Lunatic asylums in Bengal annual reports 1912-1924 - 1912-1924
Year: 1912
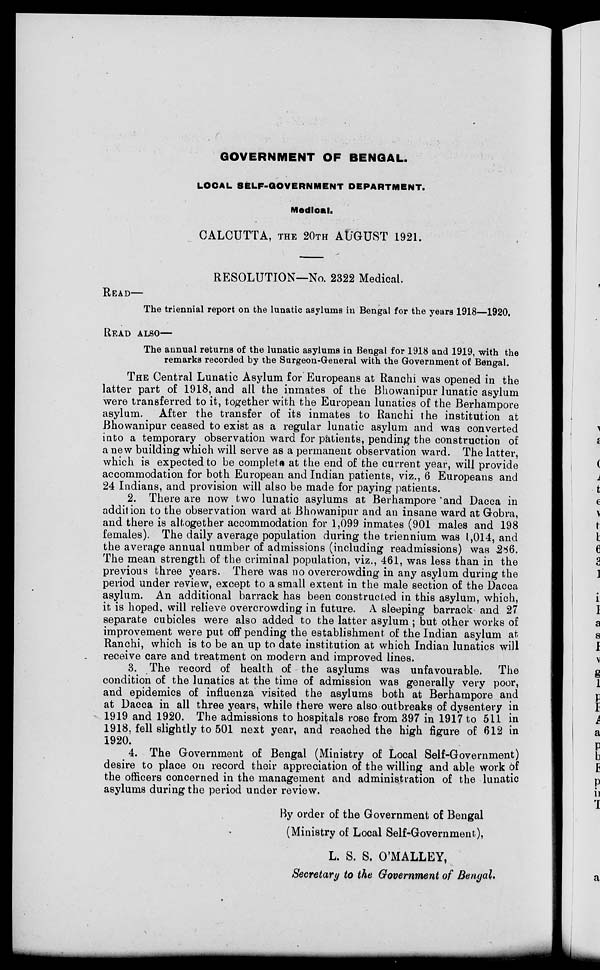
GOVERNMENT OF BENGAL.
LOCAL SELF-GOVERNMENT DEPARTMENT.
Medical.
CALCUTTA, THE 20TH AUGUST 1921.
RESOLUTION—No. 2322 Medical.
READ—
The triennial report on the lunatic asylums in Bengal for the years 1918—1920.
READ ALSO—
The annual returns of the lunatic asylums in Bengal for 1918 and 1919, with the
remarks recorded by the Surgeon-General with the Government of Bengal.
THE Central Lunatic Asylum for Europeans at Ranchi was opened in the
latter part of 1918, and all the inmates of the Bhowanipur lunatic asylum
were transferred to it, together with the European lunatics of the Berhampore
asylum. After the transfer of its inmates to Ranchi the institution at
Bhowanipur ceased to exist as a regular lunatic asylum and was converted
into a temporary observation ward for patients, pending the construction of
a new building which will serve as a permanent observation ward. The latter,
which is expected to be complete at the end of the current year, will provide
accommodation for both European and Indian patients, viz., 6 Europeans and
24 Indians, and provision will also be made for paying patients.
2. There are now two lunatic asylums at Berhampore and Dacca in
addition to the observation ward at Bhowanipur and an insane ward at Gobra,
and there is altogether accommodation for 1,099 inmates (901 males and 198
females). The daily average population during the triennium was 1,014, and
the average annual number of admissions (including readmissions) was 286.
The mean strength of the criminal population, viz., 461, was less than in the
previous three years. There was no overcrowding in any asylum during the
period under review, except to a small extent in the male section of the Dacca
asylum. An additional barrack has been constructed in this asylum, which,
it is hoped, will relieve overcrowding in future. A sleeping barrack and 27
separate cubicles were also added to the latter asylum ; but other works of
improvement were put off pending the establishment of the Indian asylum at
Ranchi, which is to be an up to date institution at which Indian lunatics will
receive care and treatment on modern and improved lines.
3. The record of health of the asylums was unfavourable.
The
condition of the lunatics at the time of admission was generally very poor,
and epidemics of influenza visited the asylums both at Berhampore and
at Dacca in all three years, while there were also outbreaks of dysentery in
1919 and 1920. The admissions to hospitals rose from 397 in 1917 to 511 in
1918, fell slightly to 501 next year, and reached the high figure of 612 in
1920.
4. The Government of Bengal (Ministry of Local Self-Government)
desire to place on record their appreciation of the willing and able work of
the officers concerned in the management and administration of the lunatic
asylums during the period under review.
By order of the Government of Bengal
(Ministry of Local Self-Government),
L. S. S. O'MALLEY,
Secretary to the Government of Bengal.